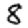
Digit: 8